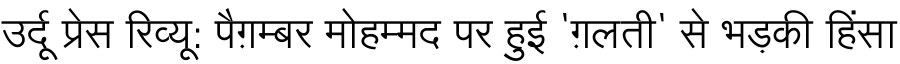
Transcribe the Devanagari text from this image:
उर्दू प्रेस रिव्यू: पैग़म्बर मोहम्मद पर हुई 'ग़लती' से भड़की हिंसा